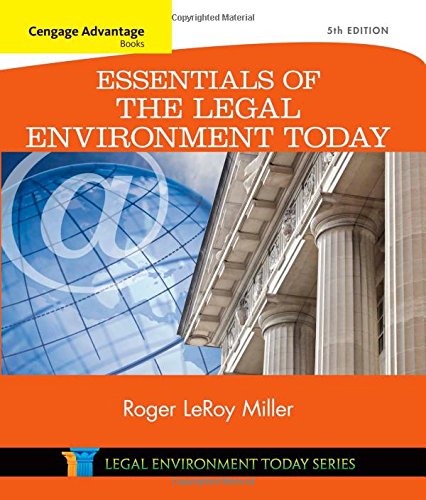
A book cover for Cengage Advantage Books: Essentials of the Legal Environment Today (Miller Business Law Today Family); Roger LeRoy Miller; Law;